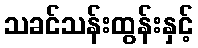
သခင်သန်းထွန်းနှင့်